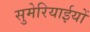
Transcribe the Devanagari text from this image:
सुमेरियाईयों